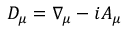
\begin{array} { r } { D _ { \mu } = \nabla _ { \mu } - i A _ { \mu } } \end{array}